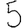
Digit: 5